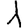
Digit: 1